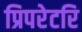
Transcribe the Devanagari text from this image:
प्रिपरेटरि